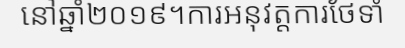
នៅឆ្នាំ២០១៩។ការអនុវត្តការថែទាំ